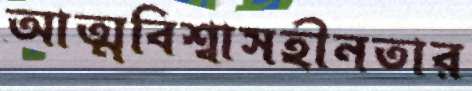
আত্মবিশ্বাসহীনতার